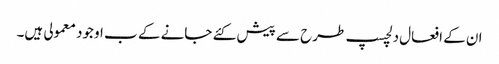
ان کے افعال دلچسپ طرح سے پیش کئے جانے کے ب اوجود معمولی ہیں۔